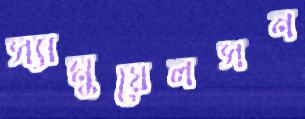
স্যামুয়েলসন